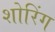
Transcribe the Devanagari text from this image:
शोरिंग